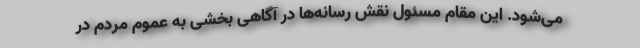
می‌شود. این مقام مسئول نقش رسانه‌ها در آگاهی بخشی به عموم مردم در